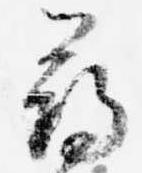
尋